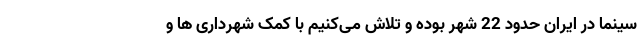
سینما در ایران حدود 22 شهر بوده و تلاش می‌کنیم با کمک شهرداری ها و